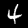
Label: 4